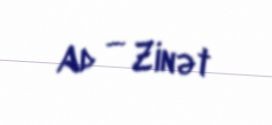
Ad — Zinət